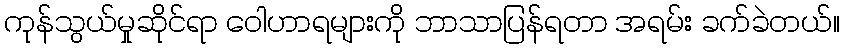
ကုန်သွယ်မှုဆိုင်ရာ ဝေါဟာရများကို ဘာသာပြန်ရတာ အရမ်း ခက်ခဲတယ်။